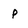
Character: p